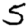
Digit: 5